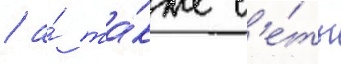
/ а́ та́кже с'е́ть